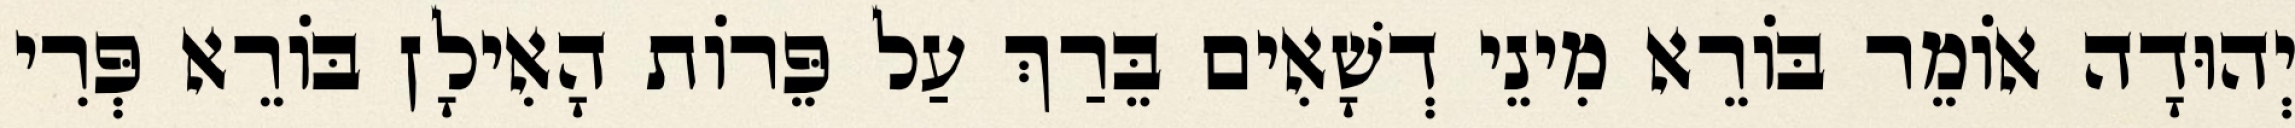
יְהוּדָה אוֹמֵר בּוֹרֵא מִינֵי דְשָׁאִים בֵּרַךְ עַל פֵּרוֹת הָאִילָן בּוֹרֵא פְּרִי